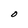
Character: O